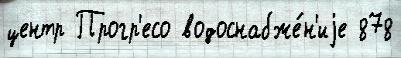
центр Прогр'есо водоснабже́н'иjе 878